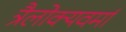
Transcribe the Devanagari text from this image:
त्रैलोक्यवर्मा